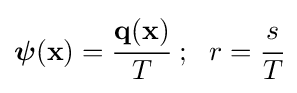
{\boldsymbol {\psi }}(\mathbf {x} )={\cfrac {\mathbf {q} (\mathbf {x} )}{T}}~;~~r={\cfrac {s}{T}}